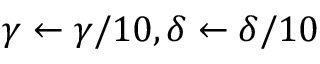
\gamma \leftarrow \gamma / 1 0 , \delta \leftarrow \delta / 1 0